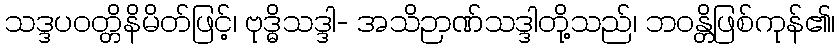
သဒ္ဒပဝတ္တိနိမိတ်ဖြင့်၊ ဗုဒ္ဓိသဒ္ဒါ- အသိဉာဏ်သဒ္ဒါတို့သည်၊ ဘဝန္တိဖြစ်ကုန်၏၊